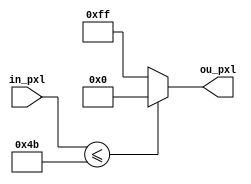
module threshold #(parameter thres = 75)(
input [7:0] in_pxl,
output [7:0]ou_pxl
);
assign ou_pxl = (in_pxl <= thres) ? 'd0 : 'd255;
endmodule